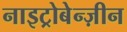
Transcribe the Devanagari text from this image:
नाइट्रोबेन्ज़ीन